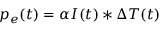
p _ { e } ( t ) = \alpha I ( t ) \ast \Delta T ( t )